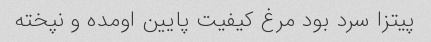
پیتزا سرد بود مرغ کیفیت پایین اومده و نپخته